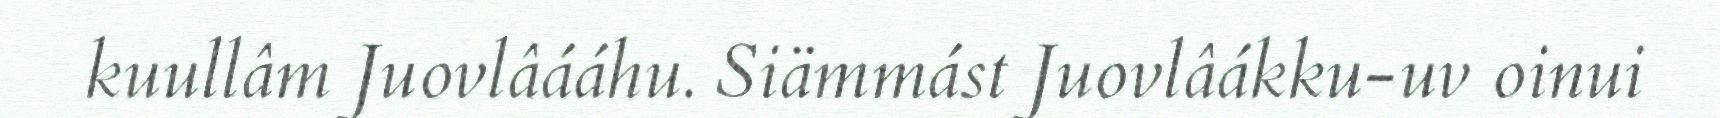
kuullâm Juovlâááhu. Siämmást Juovlâákku-uv oinui